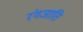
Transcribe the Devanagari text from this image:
रंगजाति